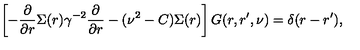
\left[ - \frac { \partial } { \partial r } \Sigma ( r ) \gamma ^ { - 2 } \frac { \partial } { \partial r } - ( \nu ^ { 2 } - C ) \Sigma ( r ) \right] G ( r , r ^ { \prime } , \nu ) = \delta ( r - r ^ { \prime } ) ,